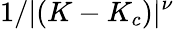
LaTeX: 1/|(K-K_{c})|^{\nu}